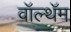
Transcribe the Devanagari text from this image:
वॉल्थॅम